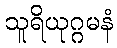
သူရိယုဂ္ဂမနံ